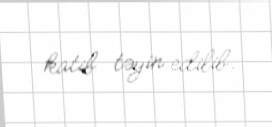
katib təyin edilib.